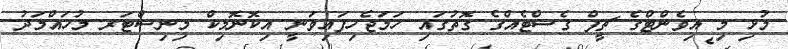
މުޅި މި އިވެންޓްގެ ޗީފް ގެސްޓެއްގެ ގޮތުގައި ހަމަޖެހިފައިވަނީ އިކޮނޮމިކް މިނިސްޓަރ މުހައްމަދު